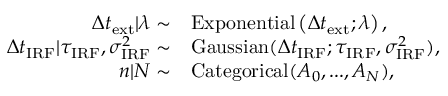
\begin{array} { r l } { \Delta t _ { \mathrm { e x t } } | \lambda \sim } & { \mathrm { E x p o n e n t i a l } \left( \Delta t _ { \mathrm { e x t } } ; \lambda \right) , } \\ { \Delta t _ { \mathrm { I R F } } | \tau _ { \mathrm { I R F } } , \sigma _ { \mathrm { I R F } } ^ { 2 } \sim } & { \mathrm { G a u s s i a n } ( \Delta t _ { \mathrm { I R F } } ; \tau _ { \mathrm { I R F } } , \sigma _ { \mathrm { I R F } } ^ { 2 } ) , } \\ { n | N \sim } & { \mathrm { C a t e g o r i c a l } ( A _ { 0 } , . . . , A _ { N } ) , } \end{array}